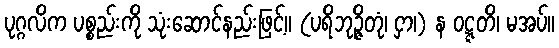
ပုဂ္ဂလိက ပစ္စည်းကို သုံးဆောင်နည်းဖြင့်။ (ပရိဘုဉ္ဇိတုံ၊ ငှာ၊) န ဝဋ္ဋတိ၊ မအပ်။